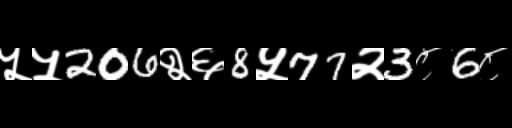
Text: ५५206२६8५77२3८6८